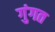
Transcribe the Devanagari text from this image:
गुंगत